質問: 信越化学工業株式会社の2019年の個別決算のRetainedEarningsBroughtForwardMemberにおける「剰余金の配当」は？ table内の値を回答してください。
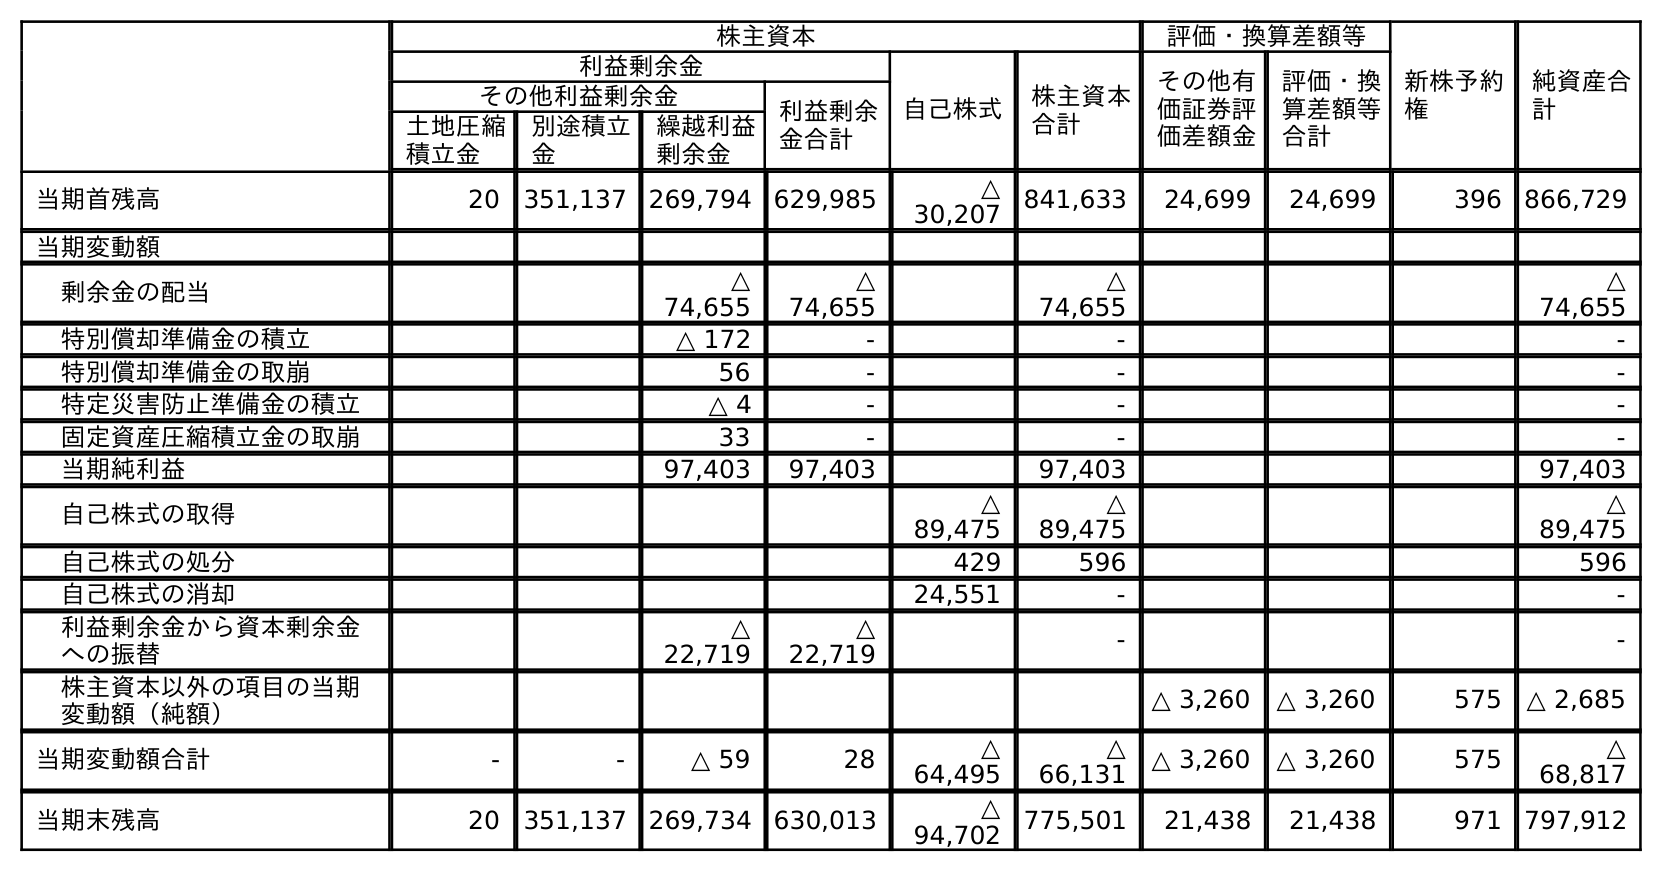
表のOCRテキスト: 株主資本 評価・換算差額等 新株予約 権 純資産合 計 利益剰余金 自己株式 株主資本 合計 その他有 価証券評 価差額金 評価・換 算差額等 合計 その他利益剰余金 利益剰余 金合計 土地圧縮 積立金 別途積立 金 繰越利益 剰余金 当期首残高 20 351,137 269,794 629,985 △ 30,207 841,633 24,699 24,699 396 866,729 当期変動額 剰余金の配当 △ 74,655 △ 74,655 △ 74,655 △ 74,655 特別償却準備金の積立 △ 172 - - - 特別償却準備金の取崩 56 - - - 特定災害防止準備金の積立 △ 4 - - - 固定資産圧縮積立金の取崩 33 - - - 当期純利益 97,403 97,403 97,403 97,403 自己株式の取得 △ 89,475 △ 89,475 △ 89,475 自己株式の処分 429 596 596 自己株式の消却 24,551 - - 利益剰余金から資本剰余金 への振替 △ 22,719 △ 22,719 - - 株主資本以外の項目の当期 変動額（純額） △ 3,260 △ 3,260 575 △ 2,685 当期変動額合計 - - △ 59 28 △ 64,495 △ 66,131 △ 3,260 △ 3,260 575 △ 68,817 当期末残高 20 351,137 269,734 630,013 △ 94,702 775,501 21,438 21,438 971 797,912
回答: △74,655